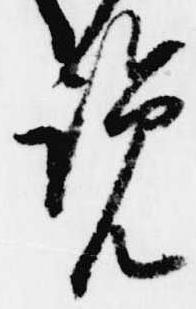
覧